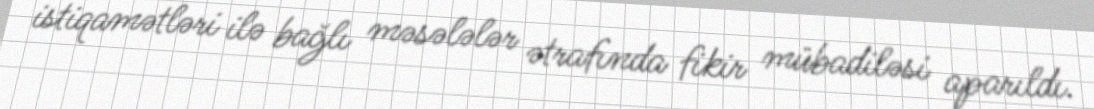
istiqamətləri ilə bağlı məsələlər ətrafında fikir mübadiləsi aparıldı.